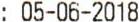
: 05-06-2018